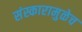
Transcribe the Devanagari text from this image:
संस्कारामुळेच